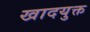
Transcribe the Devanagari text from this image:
खादयुक्त